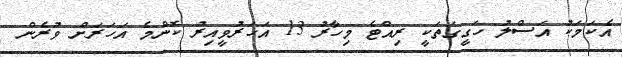
އެކަމަކު އަސްލު ހަގީގަތަކީ ރިއްޓެ މިހާރު 13 އަހަރުވީއިރު ކޮންމެ އަހަރަށް ވުރެން